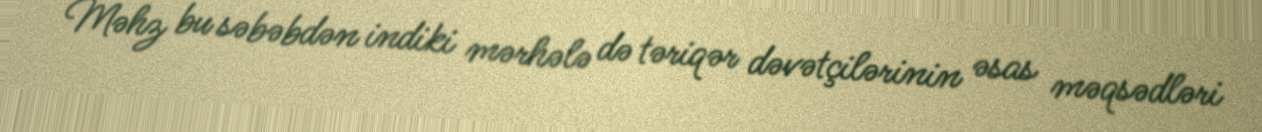
Məhz bu səbəbdən indiki mərhələ də təriqər dəvətçilərinin əsas məqsədləri